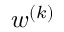
w ^ { ( k ) }